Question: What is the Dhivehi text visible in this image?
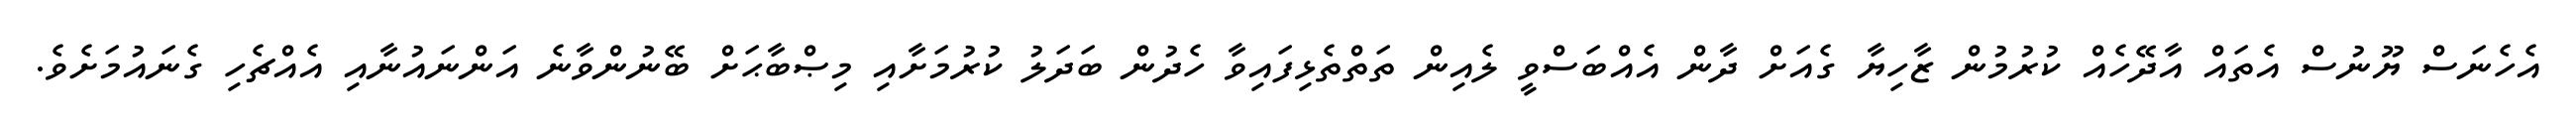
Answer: އެހެނަސް ޔޫނުސް އެތައް އާދޭހެއް ކުރުމުން ޒާހިޔާ ގެއަށް ދާން އެއްބަސްވީ ލެއިން ތަތްތެޅިފައިވާ ހެދުން ބަދަލު ކުރުމަށާއި މިޞްބާޙަށް ބޭނުންވާނެ އަންނައުނާއި އެއްޗެހި ގެނައުމަށެވެ.